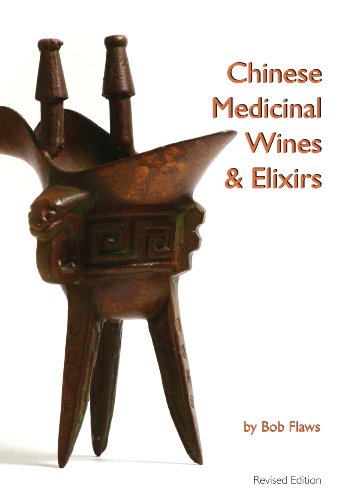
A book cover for Chinese Medicinal Wines & Elixirs; Bob Flaws; Health, Fitness & Dieting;